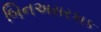
બિનઅસરકાક